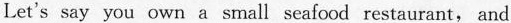
Let's say you own a small seafood restaurant, and